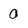
Character: 0